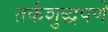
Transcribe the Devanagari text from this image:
तर्कशुद्धपणे